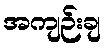
အကျဉ်းချ